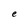
Character: e